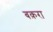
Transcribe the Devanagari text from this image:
बक़रा